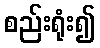
စည်းရုံး၍